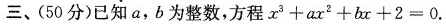
三、(50分)已知a，b为整数，方程$$x ^ { 3 } + a x ^ { 2 } + b x + 2 = 0$$.